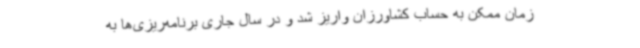
زمان ممکن به حساب کشاورزان واریز شد و در سال جاری برنامه‌ریزی‌ها به